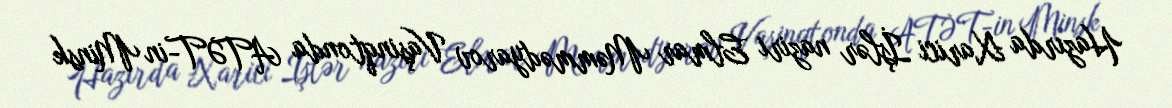
Hazırda Xarici İşlər naziri Elmar Məmmədyarov Vaşinqtonda ATƏT-in Minsk